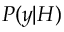
P ( \boldsymbol { y } | H )